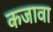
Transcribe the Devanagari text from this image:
कजावा